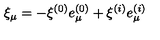
\xi _ { \mu } = - \xi ^ { ( 0 ) } e _ { \mu } ^ { ( 0 ) } + \xi ^ { ( i ) } e _ { \mu } ^ { ( i ) }